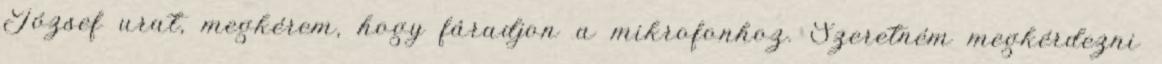
József urat, megkérem, hogy fáradjon a mikrofonhoz. Szeretném megkérdezni